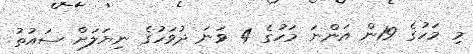
މި މަހުގެ 19ން އަންނަ މަހުގެ 4 ވަނަ ދުވަހުގެ ނިޔަލަށް ސައުތު